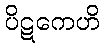
ပိဋကေဟိ